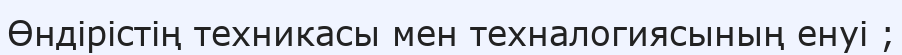
Өндірістің техникасы мен техналогиясының енуі ;